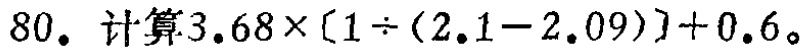
$80. 计算3.68\times[1\div(2.1 - 2.09)] + 0.6。$